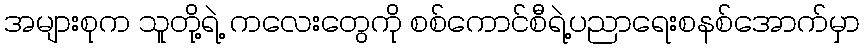
အများစုက သူတို့ရဲ့ ကလေးတွေကို စစ်ကောင်စီရဲ့ပညာရေးစနစ်အောက်မှာ